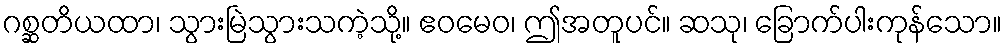
ဂစ္ဆတိယထာ၊ သွားမြဲသွားသကဲ့သို့။ ဧဝမေဝ၊ ဤအတူပင်။ ဆသု၊ ခြောက်ပါးကုန်သော။